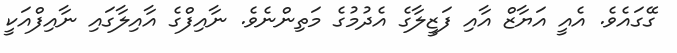
ގޭގައެވެ. އެއީ އަޔާޒް އާއި ފަޒީލާގެ އެދުމުގެ މަތިންނެވެ. ނާއިފްގެ އާއިލާގައި ނާއިފްއަކީ